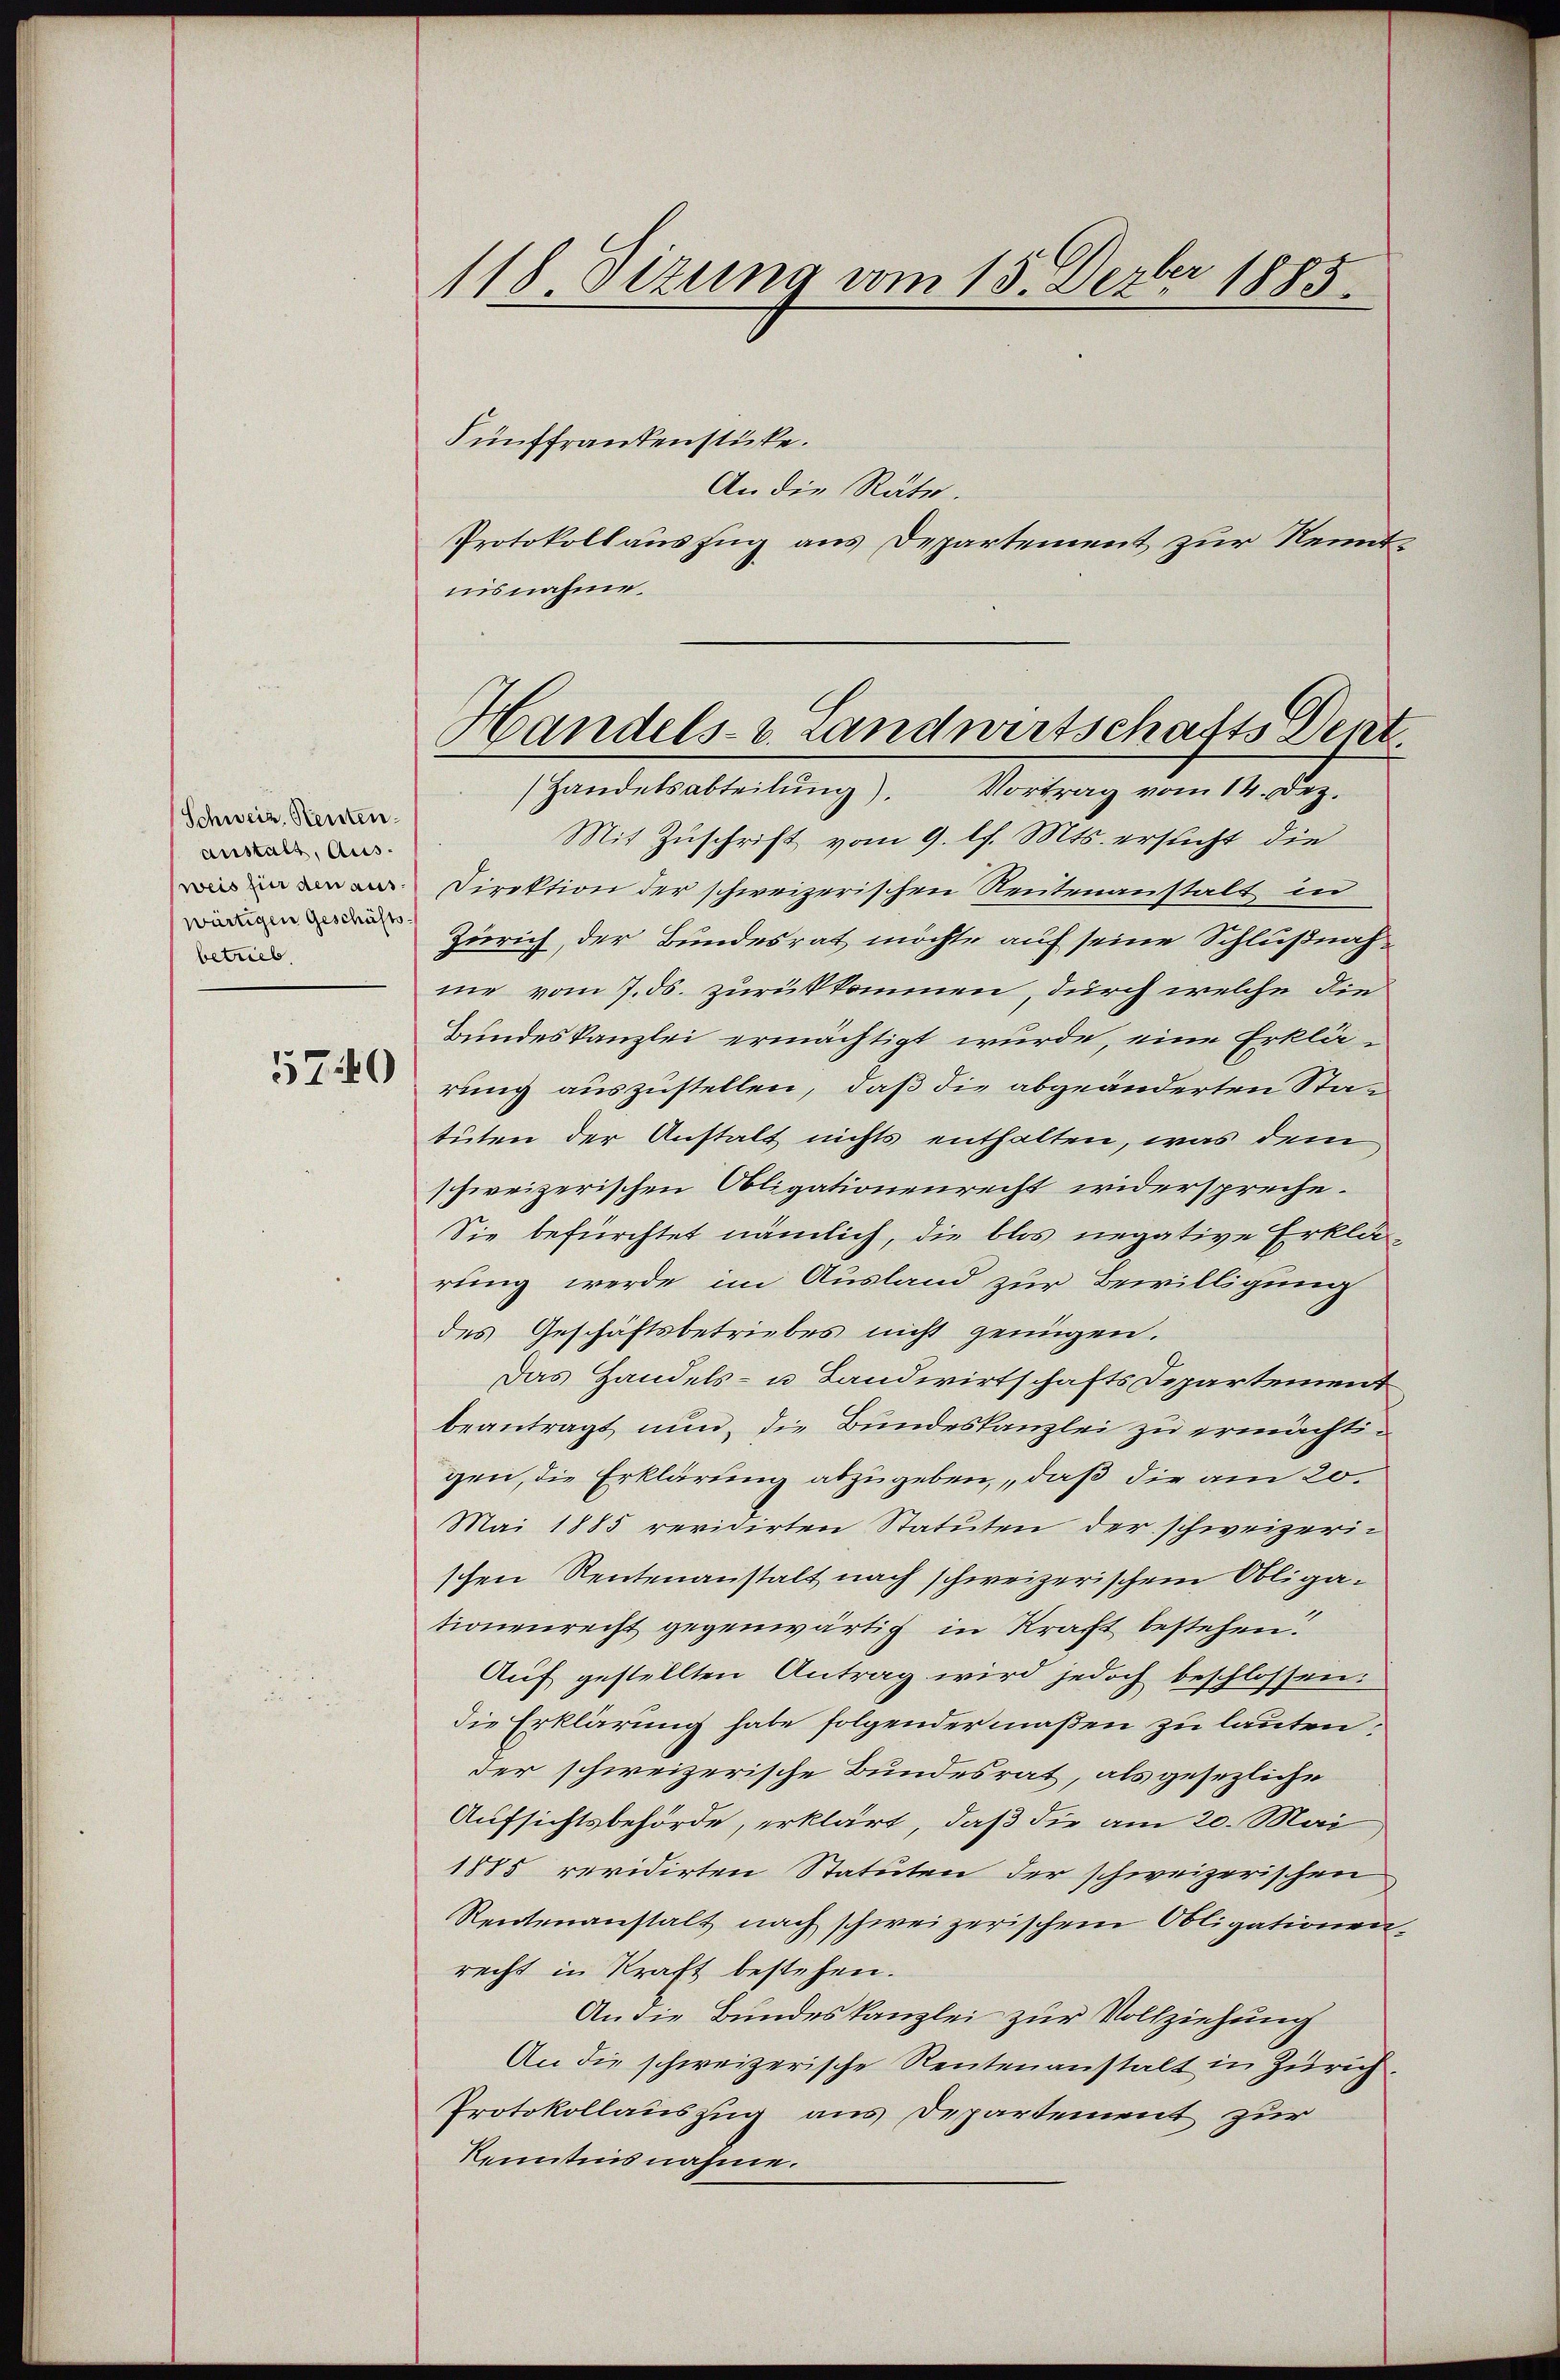
Schweiz. Stenten.
anstalt, Ausweis für den aus
wärtigen Geschäfts
betrieb.

5740

118 Dizung vom 15. Dezbr 1885.

Fünffrankenstücke.
An die Räte.
Protokollauszug aus Departement zur Kenntnisnahme.
Mit Zuschrift vom 9. l. Mts. ersucht die
Direktion der schweizerischen Reutenanstalt in
Zürich, der Bundesrat möchte auf seine Schlußnahme vom 7. ds. zurükkommen, durch welche die
Bundeskanzlei ermächtigt wurde, eine Erklärung auszustellen, daß die abgeänderten Statuten der Anstalt nichts enthalten, was dem
schweizerischen Obligationenrecht widerspreche.
Sie befürchtet nämlich, die blos negative Erklärung werde im Ausland zur Bewilligung
des Geschäftsbetriebes nicht genügen.
Das Handels- u Landwirtschafts Departement
beantragt nun, die Bundeskanzlei zu ermächtigen, die Erklärung abzugeben, daß die am 20.
Mai 1885 revidirten Statuten der schweizerischen Rentenanstalt nach schweizerischem Obligationenrecht gegenwärtig in Kraft bestehen.
Auf gestellten Antrag wird jedoch beschlossen:
die Erklärung habe folgendermaßen zu lauten,
der schweizerische Bundesrat, als gesezliche
Aufsichtsbehörde, erklärt, daß die am 20. Mai
1885 revidirten Statuten der schweizerischen
Rentenanstalt nach schweizerischen Obligationen
recht in Kraft bestehen.
An die Bundeskanzlei zur Vollziehung
An die schweizerische Rentenanstalt in Zürich
Protokollauszug aus Departement zur
Kenntnis nahme.

Handels- u. Landwirtschafts Denz
Handelsabteilung). Vortrag vom 14. Dez.